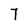
Character: 7